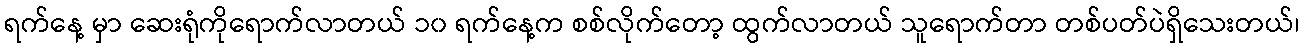
ရက်နေ့ မှာ ဆေးရုံကိုရောက်လာတယ် ၁၀ ရက်နေ့က စစ်လိုက်တော့ ထွက်လာတယ် သူရောက်တာ တစ်ပတ်ပဲရှိသေးတယ်၊